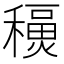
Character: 𥣇